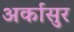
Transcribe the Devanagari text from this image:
अर्कासुर